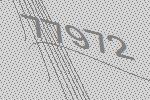
77972